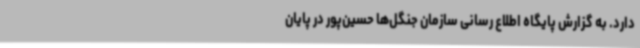
دارد. به گزارش پایگاه اطلاع رسانی سازمان جنگل‌ها حسین‌پور در پایان